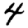
Digit: 4